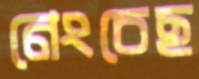
নেংচেছ